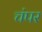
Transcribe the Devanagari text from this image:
चंपर